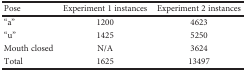
<table><thead><tr><td><b>Pose</b></td><td><b>Experiment 1 instances</b></td><td><b>Experiment 2 instances</b></td></tr></thead><tbody><tr><td>“a”</td><td>1200</td><td>4623</td></tr><tr><td>“u”</td><td>1425</td><td>5250</td></tr><tr><td>Mouth closed</td><td>N/A</td><td>3624</td></tr><tr><td>Total</td><td>1625</td><td>13497</td></tr></tbody></table>